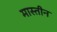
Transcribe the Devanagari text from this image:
मास्तीन